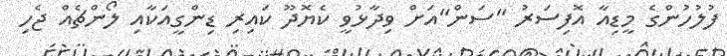
ފުލުހުންގެ މީޑިއާ އޮފިސަރު "ސަން"އަށް ވިދާޅުވީ ކެޔޮދޫ ކައިރި ޑިންގީއަަކާއި ލޯންޗެއް ޖެހި